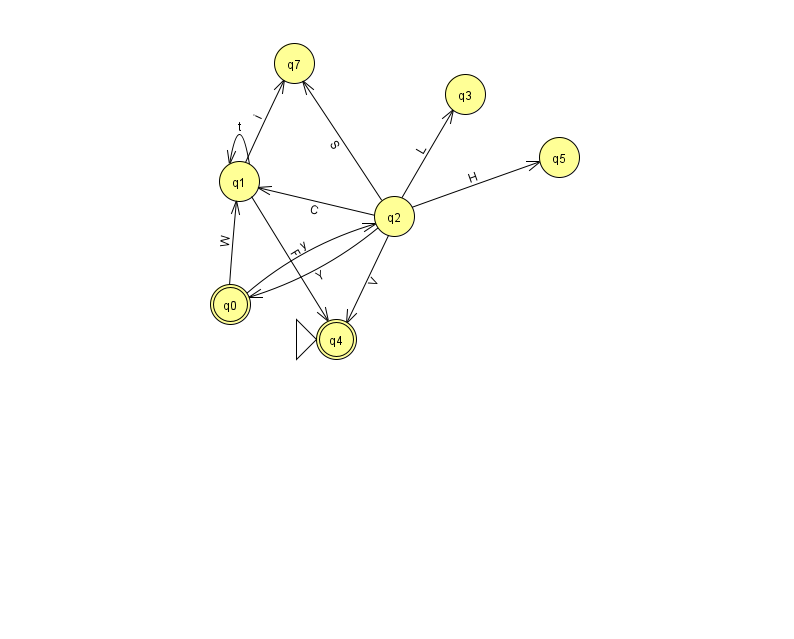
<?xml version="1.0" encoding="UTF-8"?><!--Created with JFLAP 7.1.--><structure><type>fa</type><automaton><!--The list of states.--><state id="0" name="q0"><x>230.0</x><y>291.0</y><final/></state><state id="1" name="q1"><x>239.0</x><y>168.0</y></state><state id="2" name="q2"><x>394.0</x><y>203.0</y></state><state id="3" name="q3"><x>465.0</x><y>81.0</y></state><state id="4" name="q4"><x>336.0</x><y>326.0</y><initial/><final/></state><state id="5" name="q5"><x>559.0</x><y>144.0</y></state><state id="7" name="q7"><x>294.0</x><y>50.0</y></state><!--The list of transitions.--><transition><from>2</from><to>7</to><read>S</read></transition><transition><from>2</from><to>3</to><read>L</read></transition><transition><from>2</from><to>5</to><read>H</read></transition><transition><from>1</from><to>1</to><read>t</read></transition><transition><from>2</from><to>1</to><read>C</read></transition><transition><from>0</from><to>1</to><read>W</read></transition><transition><from>1</from><to>4</to><read>F</read></transition><transition><from>0</from><to>2</to><read>y</read></transition><transition><from>2</from><to>0</to><read>Y</read></transition><transition><from>1</from><to>7</to><read>i</read></transition><transition><from>2</from><to>4</to><read>V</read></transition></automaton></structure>